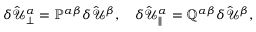
\begin{array} { r } { \delta \hat { \mathcal { U } } _ { \perp } ^ { \alpha } = \mathbb { P } ^ { \alpha \beta } \delta \hat { \mathcal { U } } ^ { \beta } , \quad \delta \hat { \mathcal { U } } _ { \parallel } ^ { \alpha } = \mathbb { Q } ^ { \alpha \beta } \delta \hat { \mathcal { U } } ^ { \beta } , } \end{array}